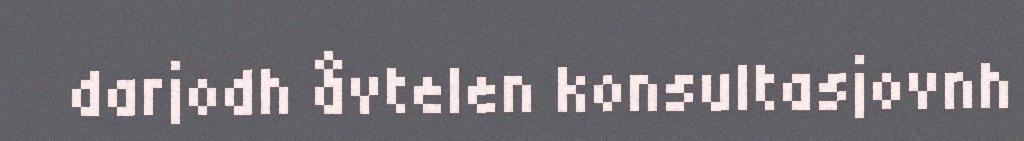
darjodh åvtelen konsultasjovnh